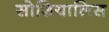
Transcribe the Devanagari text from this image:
सोशियालिस